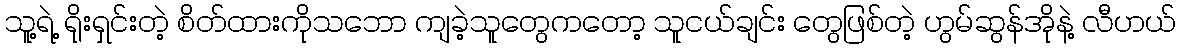
သူ့ရဲ့ ရိုးရှင်းတဲ့ စိတ်ထားကိုသဘော ကျခဲ့သူတွေကတော့ သူငယ်ချင်း တွေဖြစ်တဲ့ ဟွမ်ဆွန်အိုနဲ့ လီဟယ်